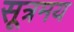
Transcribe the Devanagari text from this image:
सूत्रमय